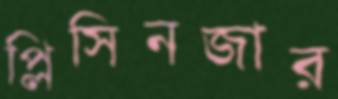
প্লিসিনজার